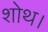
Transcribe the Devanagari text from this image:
शोथ।